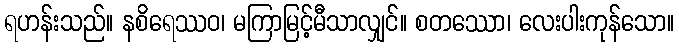
ရဟန်းသည်။ နစိရေဿဝ၊ မကြာမြင့်မီသာလျှင်။ စတဿော၊ လေးပါးကုန်သော။